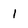
Character: 1